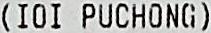
(IOI PUCHONG)